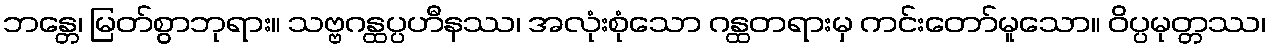
ဘန္တေ၊ မြတ်စွာဘုရား။ သဗ္ဗဂန္ထပ္ပဟီနဿ၊ အလုံးစုံသော ဂန္ထတရားမှ ကင်းတော်မူသော။ ဝိပ္ပမုတ္တဿ၊